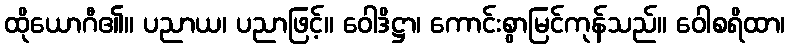
ထိုယောဂီ၏။ ပညာယ၊ ပညာဖြင့်။ ဝေါဒိဋ္ဌာ၊ ကောင်းစွာမြင်ကုန်သည်။ ဝေါစရိထာ၊